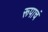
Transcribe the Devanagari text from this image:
रूपाचं